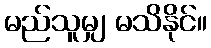
မည်သူမျှ မသိနိုင်။